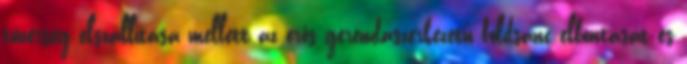
tüzérség elszállítása mellett az erős gerendaszerkezetű földsánc elbontását és